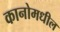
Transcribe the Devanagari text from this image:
कानोमधील